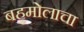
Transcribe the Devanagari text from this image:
बहुमोलाचा